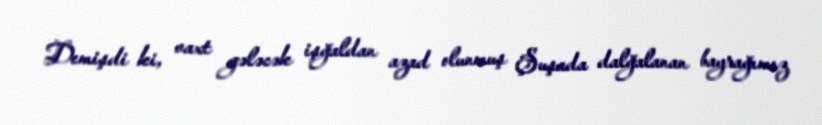
Demişdi ki, vaxt gələcək işğaldan azad olunmuş Şuşada dalğalanan bayrağımız